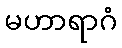
မဟာရာဂံ